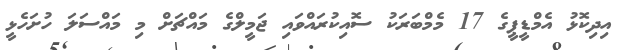
އިދިކޮޅު އެމްޑީޕީގެ 17 މެމްބަރަކު ސޮއިކުރައްވައި ޖަމީލްގެ މައްޗަށް މި މައްސަލަ ހުށަހެޅީ